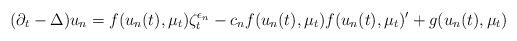
LaTeX: \begin{align*} (\partial_t - \Delta) u_n = f({u}_n(t),\mu_t)\zeta^{\epsilon_n}_t - c_nf({ u}_n(t),\mu_t)f(u_n(t),\mu_t)' + g(u_n(t),\mu_t)\end{align*}